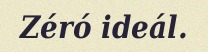
Zéró ideál.